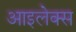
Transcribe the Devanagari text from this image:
आइलेक्स